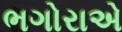
ભગોરાએ